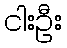
ငါးဦး